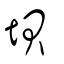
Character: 垻